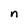
Character: n